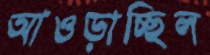
আওড়াচ্ছিল